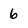
Character: 6